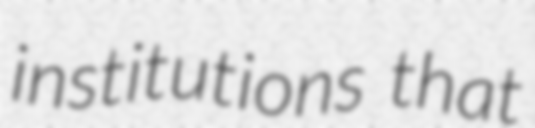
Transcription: institutions that